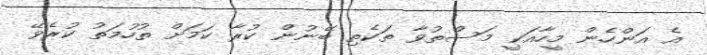
އެ އަންހެން މީހާއަކީ މަސްތުވާ ތަކެތި ބޭނުން ކުރާ ކަމަށް ތުހުމަތު ކުރެވޭ